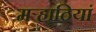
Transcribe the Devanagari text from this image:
मऱ्हाठियां